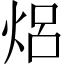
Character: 焒